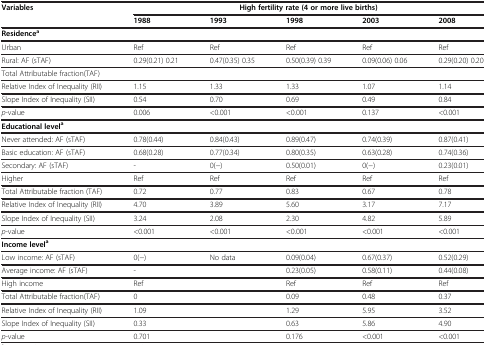
<table><thead><tr><td><b>Variables</b></td><td colspan="5"><b>High fertility rate (4 or more live births)</b></td></tr><tr><td><b> </b></td><td><b>1988</b></td><td><b>1993</b></td><td><b>1998</b></td><td><b>2003</b></td><td><b>2008</b></td></tr></thead><tbody><tr><td><b>Residence</b><sup><b>a</b></sup></td><td> </td><td> </td><td> </td><td> </td><td> </td></tr><tr><td>Urban</td><td>Ref</td><td>Ref</td><td>Ref</td><td>Ref</td><td>Ref</td></tr><tr><td>Rural: AF (sTAF)</td><td>0.29(0.21) 0.21</td><td>0.47(0.35) 0.35</td><td>0.50(0.39) 0.39</td><td>0.09(0.06) 0.06</td><td>0.29(0.20) 0.20</td></tr><tr><td>Total Attributable fraction(TAF)</td><td> </td><td> </td><td> </td><td> </td><td> </td></tr><tr><td>Relative Index of Inequality (RII)</td><td>1.15</td><td>1.33</td><td>1.33</td><td>1.07</td><td>1.14</td></tr><tr><td>Slope Index of Inequality (SII)</td><td>0.54</td><td>0.70</td><td>0.69</td><td>0.49</td><td>0.84</td></tr><tr><td><i>p</i>-value</td><td>0.006</td><td>&lt;0.001</td><td>&lt;0.001</td><td>0.137</td><td>&lt;0.001</td></tr><tr><td colspan="6"><b>Educational level</b><sup><b>a</b></sup></td></tr><tr><td>Never attended: AF (sTAF)</td><td>0.78(0.44)</td><td>0.84(0.43)</td><td>0.89(0.47)</td><td>0.74(0.39)</td><td>0.87(0.41)</td></tr><tr><td>Basic education: AF (sTAF)</td><td>0.68(0.28)</td><td>0.77(0.34)</td><td>0.80(0.35)</td><td>0.63(0.28)</td><td>0.74(0.36)</td></tr><tr><td>Secondary: AF (sTAF)</td><td>-</td><td>0(−)</td><td>0.50(0.01)</td><td>0(−)</td><td>0.23(0.01)</td></tr><tr><td>Higher</td><td>Ref</td><td>Ref</td><td>Ref</td><td>Ref</td><td>Ref</td></tr><tr><td>Total Attributable fraction (TAF)</td><td>0.72</td><td>0.77</td><td>0.83</td><td>0.67</td><td>0.78</td></tr><tr><td>Relative Index of Inequality (RII)</td><td>4.70</td><td>3.89</td><td>5.60</td><td>3.17</td><td>7.17</td></tr><tr><td>Slope Index of Inequality (SII)</td><td>3.24</td><td>2.08</td><td>2.30</td><td>4.82</td><td>5.89</td></tr><tr><td><i>p</i>-value</td><td>&lt;0.001</td><td>&lt;0.001</td><td>&lt;0.001</td><td>&lt;0.001</td><td>&lt;0.001</td></tr><tr><td colspan="6"><b>Income level</b><sup><b>a</b></sup></td></tr><tr><td>Low income: AF (sTAF)</td><td>0(−)</td><td>No data</td><td>0.09(0.04)</td><td>0.67(0.37)</td><td>0.52(0.29)</td></tr><tr><td>Average income: AF (sTAF)</td><td>-</td><td> </td><td>0.23(0.05)</td><td>0.58(0.11)</td><td>0.44(0.08)</td></tr><tr><td>High income</td><td>Ref</td><td> </td><td>Ref</td><td>Ref</td><td>Ref</td></tr><tr><td>Total Attributable fraction(TAF)</td><td>0</td><td> </td><td>0.09</td><td>0.48</td><td>0.37</td></tr><tr><td>Relative Index of Inequality (RII)</td><td>1.09</td><td> </td><td>1.29</td><td>5.95</td><td>3.52</td></tr><tr><td>Slope Index of Inequality (SII)</td><td>0.33</td><td> </td><td>0.63</td><td>5.86</td><td>4.90</td></tr><tr><td><i>p</i>-value</td><td>0.701</td><td> </td><td>0.176</td><td>&lt;0.001</td><td>&lt;0.001</td></tr></tbody></table>